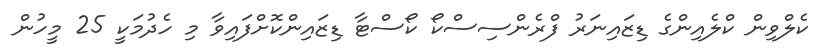
ކެލްވިން ކްލެއިންގެ ޑިޒައިނަރު ފްރެންސިސްކޯ ކޯސްޓާ ޑިޒައިންކޮށްފައިވާ މި ހެދުމަކީ 25 މީހުން